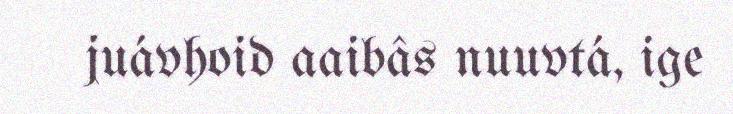
juávhoid aaibâs nuuvtá, ige